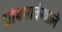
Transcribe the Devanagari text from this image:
ग्रोबमार्कथाले